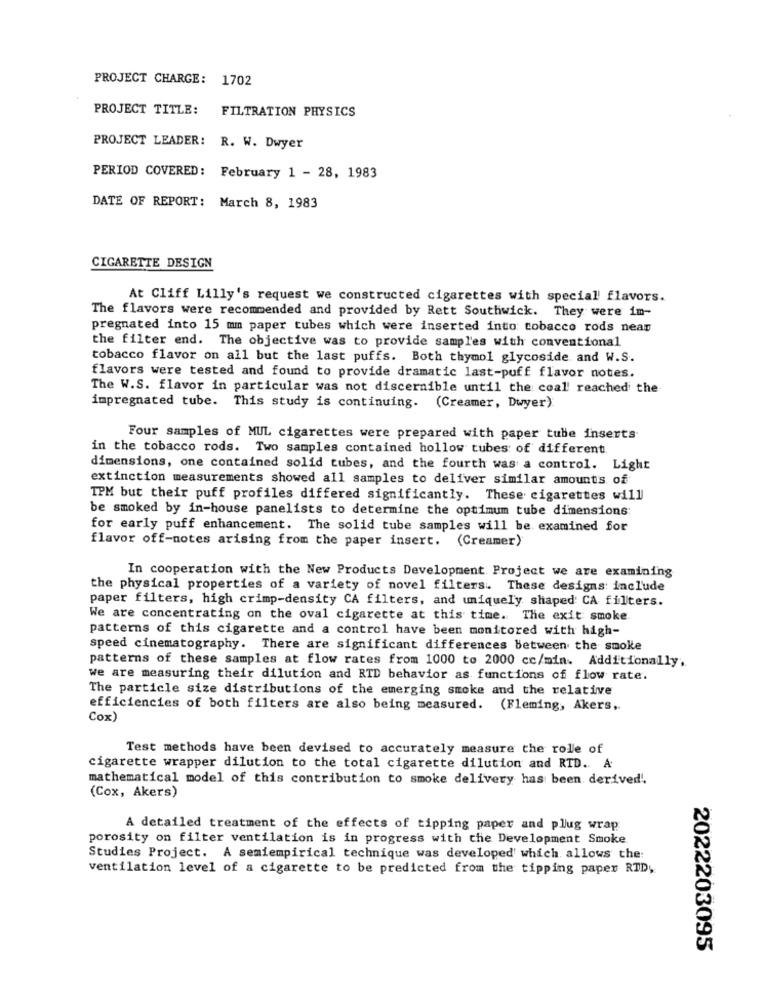
PROJECT CHARGE: 1702
PROJECT TITLE:
FILTRATION PHYSICS
PROJECT LEADER: R. W. Dwyer
PERIOD COVERED: February 1 - 28, 1983
DATE OF REPORT: March 8, 1983
CIGARETTE DESIGN
At Cliff Lilly's request we constructed cigarettes with special flavors.
The flavors were recommended and provided by Rett Southwick. They were im-
pregnated into 15 mm paper tubes which were inserted into tobacco rods near
the filter end. The objective was to provide samples with conventional
tobacco flavor on all but the last puffs. Both thymol glycoside. and W.S.
flavors were tested and found to provide dramatic last-puff flavor notes.
The W.S. flavor in particular was not discernible until the coal' reached the
impregnated tube. This study is continuing. (Creamer, Dwyer)
Four samples of MUL cigarettes were prepared with paper tube inserts
in the tobacco rods. Two samples contained hollow tubes of different.
dimensions, one contained solid tubes, and the fourth was a control. Light
extinction measurements showed all samples to deliver similar amounts of
TPM but their puff profiles differed significantly. These cigarettes will
be smoked by in-house panelists to determine the optimum tube dimensions
for early puff enhancement. The solid tube samples will be examined for
flavor off-notes arising from the paper insert. (Creamer)
In cooperation with the New Products Development Project we are examining
the physical properties of a variety of novel filters. These designs: include
paper filters, high crimp-density CA filters, and uniquely shaped CA filters.
We are concentrating on the oval cigarette at this time. The exit smoke
patterns of this cigarette and a control have been monitored with high-
speed cinematography. There are significant differences between the smoke
patterns of these samples at flow rates from 1000 to 2000 cc/min. Additionally,
we are measuring their dilution and RTD behavior as functions of flow rate.
The particle size distributions of the emerging smoke and the relative
efficiencies of both filters are also being measured. (Fleming, Akers,
Cox)
Test methods have been devised to accurately measure the role of
cigarette wrapper dilution to the total cigarette dilution and RTD .. A
mathematical model of this contribution to smoke delivery has been derived'.
(Cox, Akers)
A detailed treatment of the effects of tipping paper and plug wrap
porosity on filter ventilation is in progress with the Development Smoke
Studies Project. A semiempirical technique was developed' which allows the:
ventilation level of a cigarette to be predicted from the tipping paper RTD;
2022203095